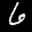
Label: 6